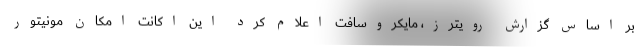
بر اساس گزارش رویترز، مایکروسافت اعلام کرد این اکانت امکان مونیتور